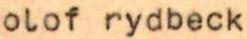
olof rydbeck